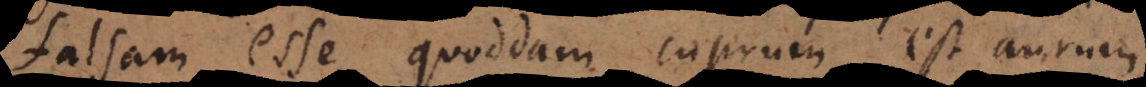
falsam esse quoddam cuprum est aurum.